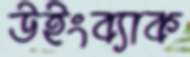
উইংব্যাক